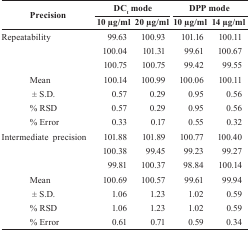
| <ROWSPAN=2> Precision | <COLSPAN=2> DCt mode | <COLSPAN=2> DPP mode |
 | 10 μg/ml | 20 μg/ml | 10 μg/ml | 14 μg/ml |
 | --- | --- | --- | --- | --- |
 | Repeatability | 99.63 | 100.93 | 101.16 | 100.11 |
 |  | 100.04 | 101.31 | 99.61 | 100.67 |
 |  | 100.75 | 100.75 | 99.42 | 99.55 |
 | Mean | 100.14 | 100.99 | 100.06 | 100.11 |
 | ± S.D. | 0.57 | 0.29 | 0.95 | 0.56 |
 | % RSD | 0.57 | 0.29 | 0.95 | 0.56 |
 | % Error | 0.33 | 0.17 | 0.55 | 0.32 |
 | Intermediate precision | 101.88 | 101.89 | 100.77 | 100.40 |
 |  | 100.38 | 99.45 | 99.23 | 99.27 |
 |  | 99.81 | 100.37 | 98.84 | 100.14 |
 | Mean | 100.69 | 100.37 | 99.61 | 99.94 |
 | ± S.D. | 1.06 | 1.23 | 1.02 | 0.59 |
 | % RSD | 1.06 | 1.23 | 1.02 | 0.59 |
 | % Error | 0.61 | 0.71 | 0.59 | 0.34 |